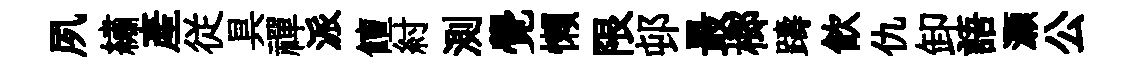
夙繡產従具禪派饘紂測覺懒限邨最榔躊飮仇卸語灝公